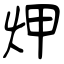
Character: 炠